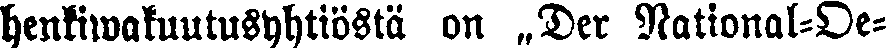
henkiwakuutusyhtiösta on „Der National-Oe-